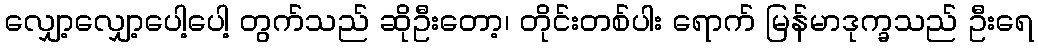
လျှော့လျှော့ပေါ့ပေါ့ တွက်သည် ဆိုဦးတော့၊ တိုင်းတစ်ပါး ရောက် မြန်မာဒုက္ခသည် ဦးရေ